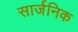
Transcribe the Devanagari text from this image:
सार्जनिक